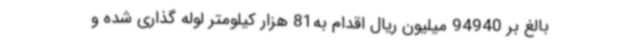
بالغ بر 94940 میلیون ریال اقدام به81 هزار کیلومتر لوله گذاری شده و